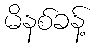
မိနစ်ခန့်